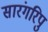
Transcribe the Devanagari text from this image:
सारंगरिपु